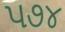
૫૭૪